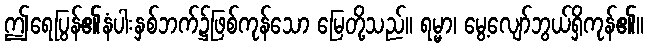
ဤရေပြွန်၏နံပါးနှစ်ဘက်၌ဖြစ်ကုန်သော မြေတို့သည်။ ရမ္မာ၊ မွေ့လျော်ဘွယ်ရှိကုန်၏။